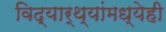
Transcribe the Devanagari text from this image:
विद्यार्थ्यांमध्येही